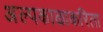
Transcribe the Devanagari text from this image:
अल्पकाळाकरिता